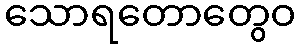
သောရတောတွေဝ